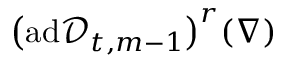
\bigl ( \mathrm { a d } \mathscr { D } _ { t , m - 1 } \bigr ) ^ { r } ( \nabla )